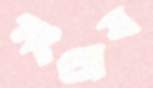
সংশ্লেষ